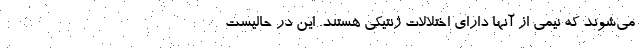
می‌شوند که نیمی از آنها دارای اختلالات ژنتیکی هستند. این در حالیست